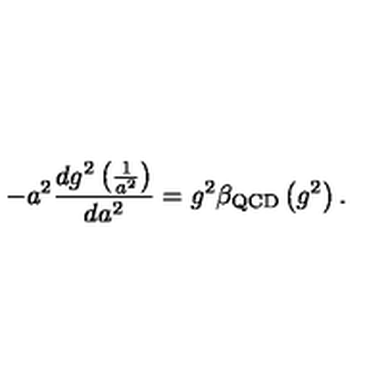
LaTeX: - a ^ { 2 } \frac { d g ^ { 2 } \left( \frac { 1 } { a ^ { 2 } } \right) } { d a ^ { 2 } } = g ^ { 2 } \beta _ { \mathrm { Q C D } } \left( g ^ { 2 } \right) .